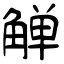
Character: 觯